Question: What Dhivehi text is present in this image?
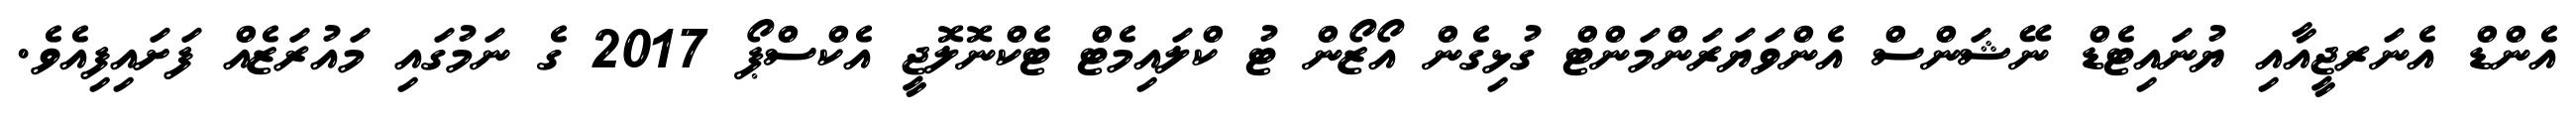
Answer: އެންޑް އެނަރޖީއާއި ޔުނައިޓެޑް ނޭޝަންސް އެންވަޔަރަންމަންޓް ގުޅިގެން އޯޒޯން ޓު ކްލައިމެޓް ޓެކްނޮލޮޖީ އެކްސްޕޯ 2017 ގެ ނަމުގައި މައުރަޒެއް ފަށައިފިއެވެ.